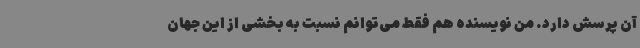
آن پرسش دارد. من نویسنده هم فقط می‌توانم نسبت به بخشی از این جهان